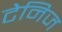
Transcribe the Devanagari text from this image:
टेनिज